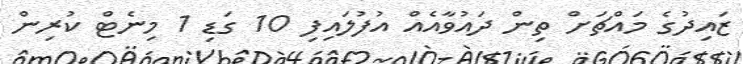
ޒައިދުގެ މައްޗަށް ތިން ދައުވާއެއް އުފުލައިފި 10 ގަޑި 1 މިނެޓް ކުރިން